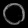
Digit: ၀